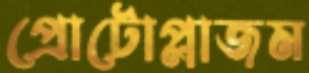
প্রোটোপ্লাজম